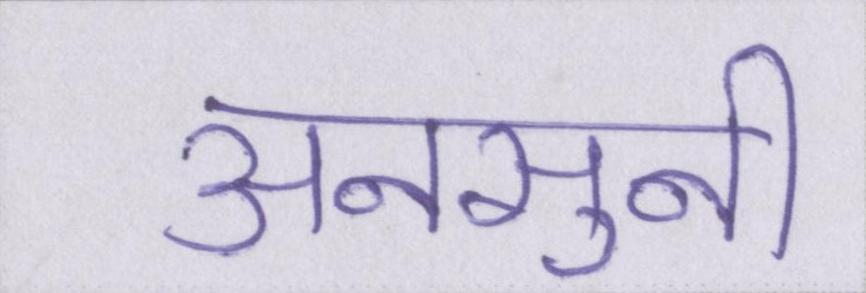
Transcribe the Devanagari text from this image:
अनसुनी